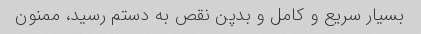
بسیار سریع و کامل و بدپن نقص به دستم رسید، ممنون